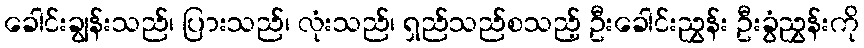
ခေါင်းချွန်းသည်၊ ပြားသည်၊ လုံးသည်၊ ရှည်သည်စသည့် ဦးခေါင်းညွှန်း ဦးခွံညွှန်းကို